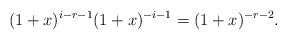
LaTeX: \begin{align*}(1+x)^{i-r-1}(1+x)^{-i-1}=(1+x)^{-r-2}.\end{align*}